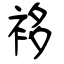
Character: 袳